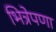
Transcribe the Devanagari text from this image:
भित्रेपणा